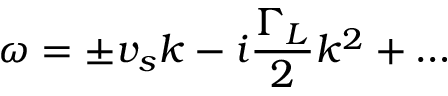
\omega = \pm v _ { s } k - i \frac { \Gamma _ { L } } { 2 } k ^ { 2 } + \dots